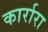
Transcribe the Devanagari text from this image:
कार्रारा